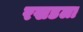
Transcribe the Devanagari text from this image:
रखडला